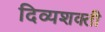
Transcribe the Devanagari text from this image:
दिव्यशक्ती